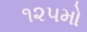
૧૨૫મો